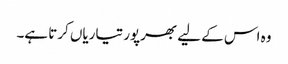
وہ اس کے لیے بھرپور تیاریاں کرتا ہے۔